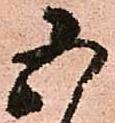
五